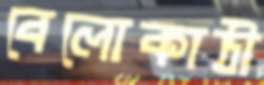
বেলোকাঠী